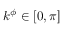
k ^ { \phi } \in [ 0 , \pi ]